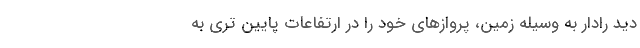
دید رادار به وسیله زمین، پروازهای خود را در ارتفاعات پایین تری به